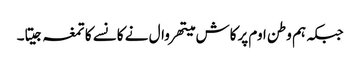
جبکہ ہم وطن اوم پرکاش میتھروال نے کانسے کا تمغہ جیتا۔